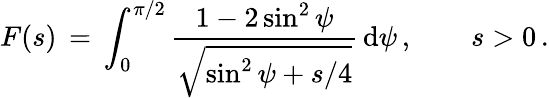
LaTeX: F(s)\, =\, \int_{0}^{\pi/2}\frac{1-2\sin^{2}\psi}{\sqrt{\sin^{2}\psi+s/4}}\, \mathrm{d}\psi\, ,\qquad s>0\, .